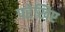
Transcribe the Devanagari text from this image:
परेखिए